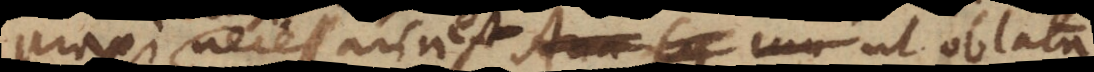
praxi necessaria est, ut oblata